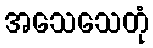
အသေသေတုံ